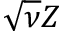
\sqrt { \nu } Z